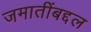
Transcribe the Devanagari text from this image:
जमातींबद्दल